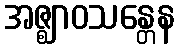
အဇ္ဈာဝသန္တေန